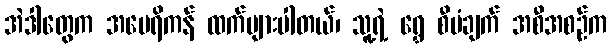
အဲဒါတွေက အမေရိကန် ထက်များပါတယ်၊ သူ့ရဲ့ ရွှေ စီမံချက် အစီအစဉ်က